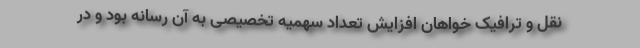
نقل و ترافیک خواهان افزایش تعداد سهمیه تخصیصی به آن رسانه بود و در